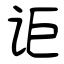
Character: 讵